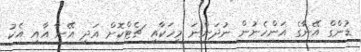
ޑުންގް އޭނާގެ އަންހެނުން ނުދަންނަ މީހަކާއި ޗެޓްކޮށް އަދި އޭނާ އާއި އެކު